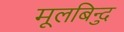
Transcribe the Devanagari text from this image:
मूलबिन्दु